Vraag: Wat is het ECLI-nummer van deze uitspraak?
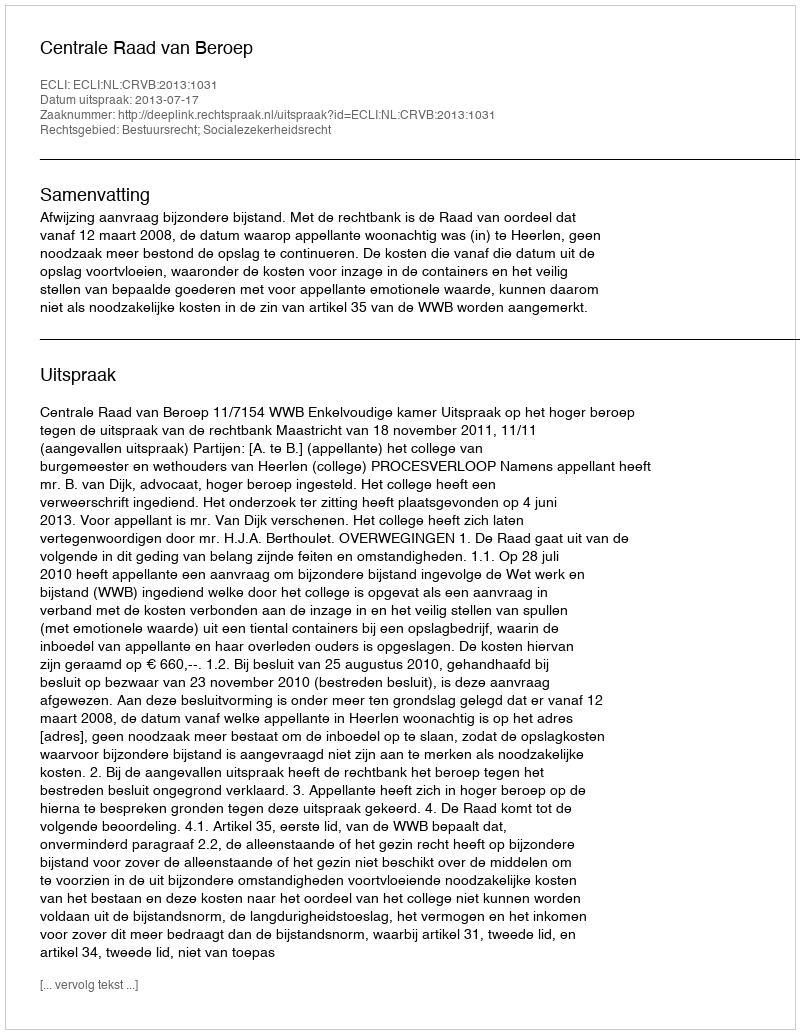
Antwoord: ECLI:NL:CRVB:2013:1031